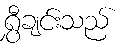
ရွှီချင်းသည်